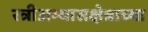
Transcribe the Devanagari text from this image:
स्त्रीअभ्यासक्षेत्राच्या